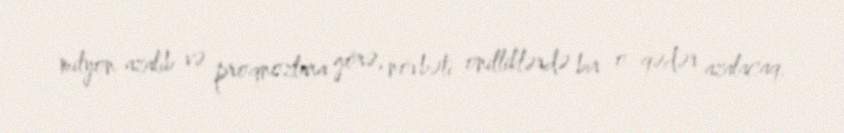
milyon azalıb və proqnozlara görə, növbəti onilliklərdə bir o qədər azalacaq.